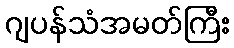
ဂျပန်သံအမတ်ကြီး